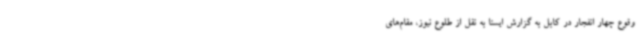
وقوع چهار انفجار در کابل به گزارش ایسنا به نقل از طلوع نیوز، مقام‌های